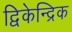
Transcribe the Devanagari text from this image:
द्विकेन्द्रिक